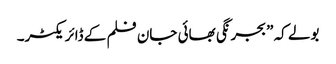
بولے کہ ”بجرنگی بھائی جان فلم کے ڈائریکٹر۔